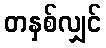
တနှစ်လျှင်